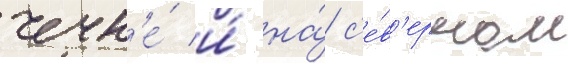
чечн'е́ и́ на́ с'е́в'ерном